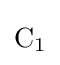
{\textstyle {\mathrm {C} {\vphantom {A}}_{\smash[{t}]{1}}}}